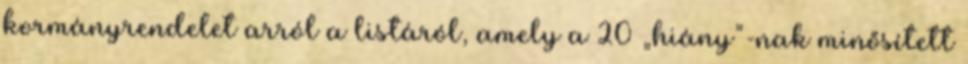
kormányrendelet arról a listáról, amely a 20 „hiány”-nak minősített